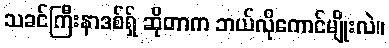
သခင်ကြီးနာဒစ်ရှ် ဆိုတာက ဘယ်လိုကောင်မျိုးလဲ။